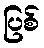
ပြစ်